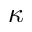
\kappa